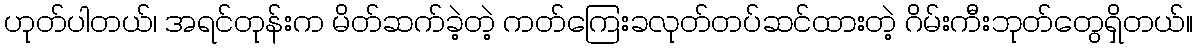
ဟုတ်ပါတယ်၊ အရင်တုန်းက မိတ်ဆက်ခဲ့တဲ့ ကတ်ကြေးခလုတ်တပ်ဆင်ထားတဲ့ ဂိမ်းကီးဘုတ်တွေရှိတယ်။